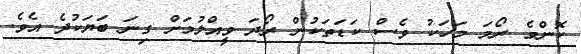
ކޮންމެ ރޯމަ މަހަކު ވެސް ކަޑަތަކުން ރޯދަ ވީއްލުމަށް ގިނަ ބަޔަކުދެ އެވެ.